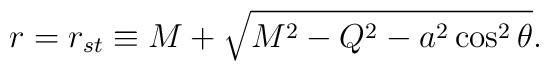
r=r_{st}\equiv M+\sqrt{M^2-Q^2-a^2\cos^2\theta}.